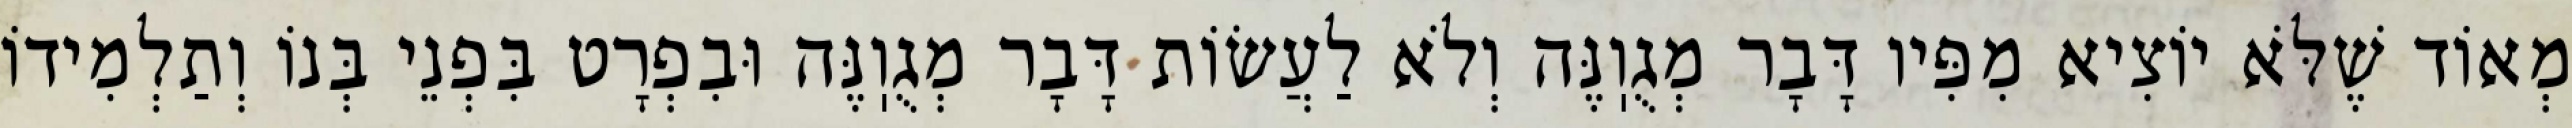
מְאוֹד שֶׁלֹּא יוֹצִיא מִפִּיו דָּבָר מְגֻוֽנֶּה וְלֹא לַעֲשׂוֹת דָּבָר מְגֻוֽנֶּה וּבִפְרָט בִּפְנֵי בְּנוֹ וְתַלְמִידוֹ